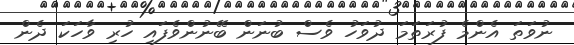
ނުވަތަ އެންމެ ފުރަތަމަ ދުވަހު ވެސް ބުނަން ބޭނުންވެފައި ހުރި ވާހަކަ ދެން